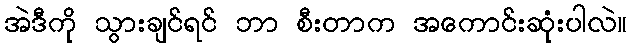
အဲဒီကို သွားချင်ရင် ဘာ စီးတာက အကောင်းဆုံးပါလဲ။